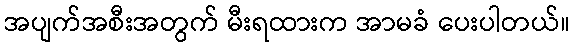
အပျက်အစီးအတွက် မီးရထားက အာမခံ ပေးပါတယ်။